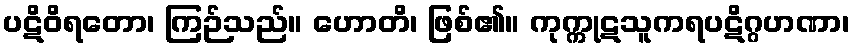
ပဋိဝိရတော၊ ကြဉ်သည်။ ဟောတိ၊ ဖြစ်၏။ ကုက္ကုဋသူကရပဋိဂ္ဂဟဏာ၊